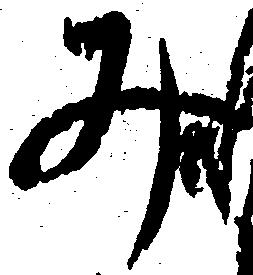
み